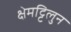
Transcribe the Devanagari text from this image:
क्षेमट्टिलुन